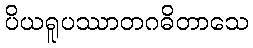
ပိယရူပဿာတဂဓိတာသေ